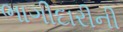
ભાગીદારીની